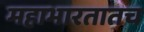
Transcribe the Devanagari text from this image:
महाभारतातच